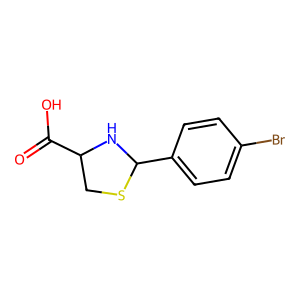
SMILES: O=C(O)C1CSC(c2ccc(Br)cc2)N1
Inhibits HIV replication: No